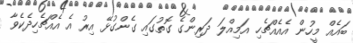
ބައެއް މީހުން އެއެއްޗެހި އަމިއްލަ ދަރިންގެ ގޮތުގައި ގެންގުޅޭ އިރު އެ އެއްޗެހިދެކެވާ